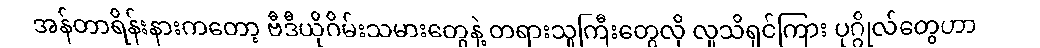
အန်တာရိန်းနားကတော့ ဗီဒီယိုဂိမ်းသမားတွေနဲ့ တရားသူကြီးတွေလို လူသိရှင်ကြား ပုဂ္ဂိုလ်တွေဟာ